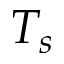
T _ { s }